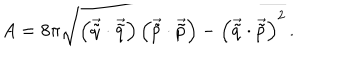
LaTeX: A = 8 \pi \sqrt { \left( \vec { \tilde { q } } \cdot \vec { \tilde { q } } \right) \left( \vec { \tilde { p } } \cdot \vec { \tilde { p } } \right) - \left( \vec { \tilde { q } } \cdot \vec { \tilde { p } } \right) ^ { 2 } } \, .